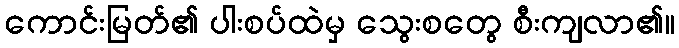
ကောင်းမြတ်၏ ပါးစပ်ထဲမှ သွေးစတွေ စီးကျလာ၏။